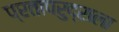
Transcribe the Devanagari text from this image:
प्रतापरुद्राला